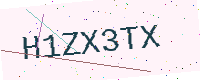
Text: H1ZX3TX